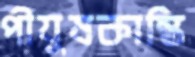
পীযুষকান্তি